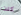
كنت